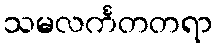
သမလင်္ကတတရာ